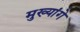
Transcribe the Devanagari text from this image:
मुख्यांगे